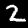
Label: 2